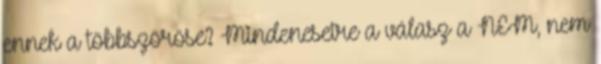
ennek a többszöröse? Mindenesetre a válasz a NEM, nem